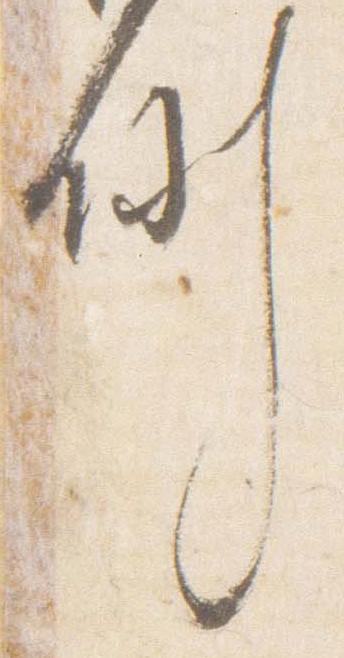
例